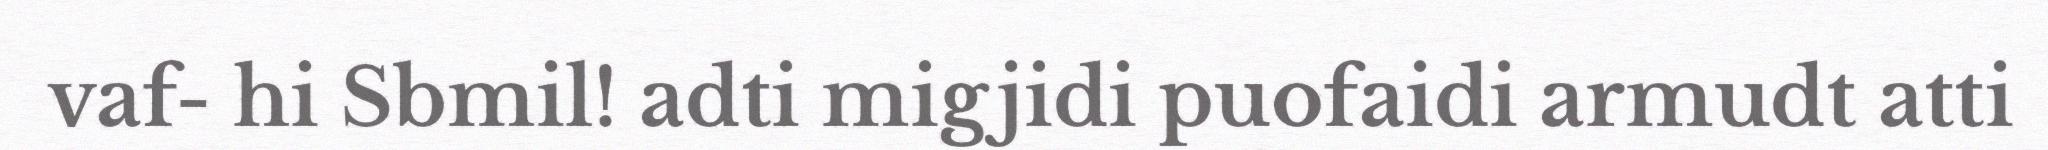
vaf- hi Sbmil! adti migjidi puofaidi armudt atti